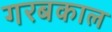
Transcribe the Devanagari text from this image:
गरबकाल